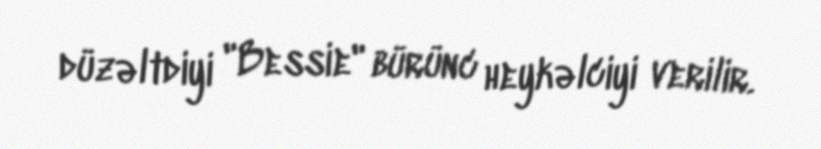
düzəltdiyi "Bessie" bürünc heykəlciyi verilir.